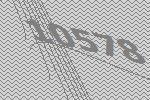
10578